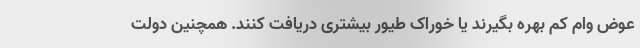
عوض وام کم بهره بگیرند یا خوراک طیور بیشتری دریافت کنند. همچنین دولت